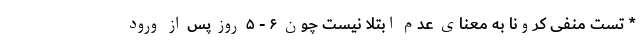
* تست منفی کرونا به معنای عدم ابتلا نیست چون ۶ - ۵ روز پس از ورود